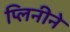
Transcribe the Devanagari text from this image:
प्लिनीने